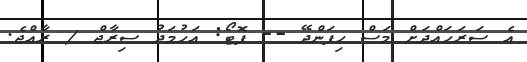
އެ ސަރަހައްދަށް މަސް ހިފަންދޭ -- ފޮޓޯ: އަހުމަދު ސިރާޖް / ރާއްޖެ.